Indian journal of veterinary science and animal husbandry - Volumes 24-25, 1954-1955
Year: 1954
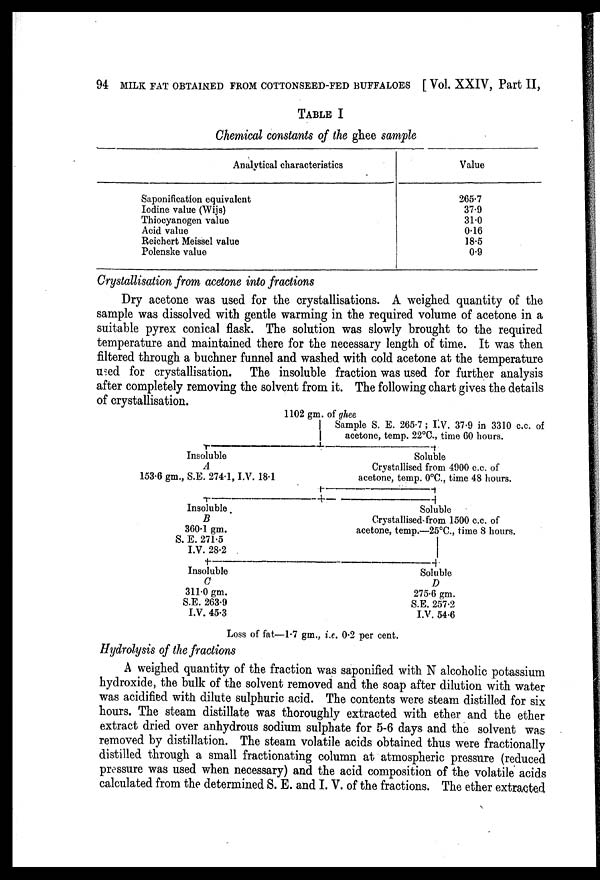
94 MILK FAT OBTAINED FROM COTTONSEED-FED BUFFALOES [Vol. XXIV, Part II,
TABLE I
Chemical constants of the ghee sample
Analytical characteristics
Saponification equivalent
Iodine value (Wijs)
Thiocyanogen value
Acid value
Reichert Meissel value
Polenske value
Value
265.7
37.9
31.0
0.16
18.5
0.9
Crystallisation from acetone into fractions
Dry acetone was used for the crystallisations. A weighed quantity of the
sample was dissolved with gentle warming in the required volume of acetone in a
suitable pyrex conical flask. The solution was slowly brought to the required
temperature and maintained there for the necessary length of time. It was then
filtered through a buchner funnel and washed with cold acetone at the temperature
used for crystallisation. The insoluble fraction was used for further analysis
after completely removing the solvent from it. The following chart gives the details
of crystallisation.
1102 gm. of ghee
Sample S. E. 265.7; I.V. 37.9 in 3310 c.c. of
acetone, temp. 22°C., time CO hours.
Insoluble
A
153.6 gm., S.E. 274.1, I.V. 18.1
Insoluble
B
360.1 gm.
S. E. 271.5
I.V. 28.2
Insoluble
C
311.0 gm.
S.E. 263.9
I.V. 45.3
Soluble
Crystallised from 4900 c.c. of
acetone, temp. 0°C., time 48 hours.
Soluble
Crystallised from 1500 c.c. of
acetone, temp.—25°C., time 8 hours
Soluble
D
275.6 gm.
S.E. 257.2
I.V. 54.6
Loss of fat—1.7 gm., i.e. 0.2 per cent.
Hydrolysis of the fractions
A weighed quantity of the fraction was saponified with N alcoholic potassium
hydroxide, the bulk of the solvent removed and the soap after dilution with water
was acidified with dilute sulphuric acid. The contents were steam distilled for six
hours. The steam distillate was thoroughly extracted with ether and the ether
extract dried over anhydrous sodium sulphate for 5-6 days and the solvent was
removed by distillation. The steam volatile acids obtained thus were fractionally
distilled through a small fractionating column at atmospheric pressure (reduced
pressure was used when necessary) and the acid composition of the volatile acids
calculated from the determined S. E. and I. V. of the fractions. The ether extracted